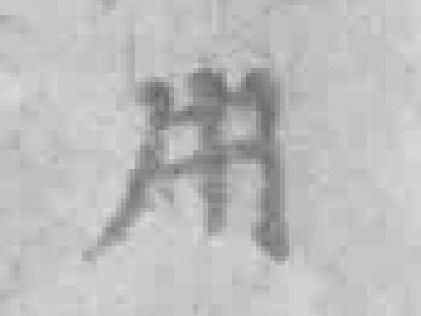
用